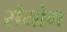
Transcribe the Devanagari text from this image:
सँयोग